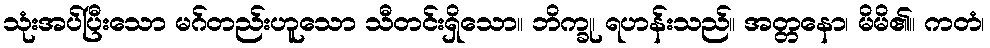
သုံးအပ်ပြီးသော မဂ်တည်းဟူသော သီတင်းရှိသော။ ဘိက္ခု၊ ရဟန်းသည်။ အတ္တနော၊ မိမိ၏။ ကတံ၊